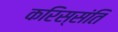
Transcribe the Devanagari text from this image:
करिस्संति